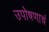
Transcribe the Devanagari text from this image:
उपोषणाचं